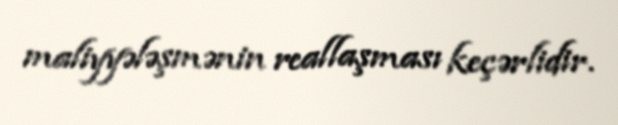
maliyyələşmənin reallaşması keçərlidir.